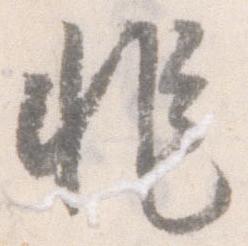
非